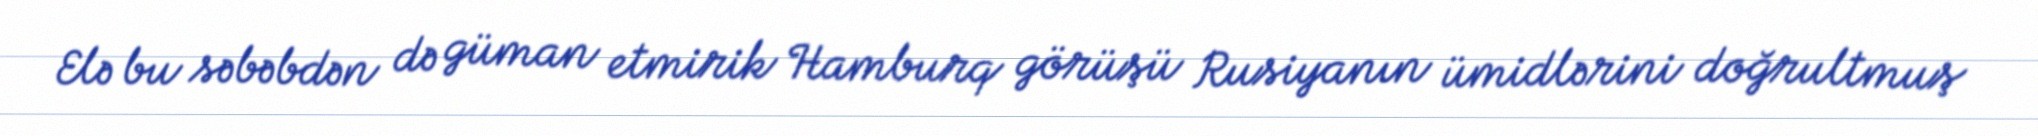
Elə bu səbəbdən də güman etmirik Hamburq görüşü Rusiyanın ümidlərini doğrultmuş